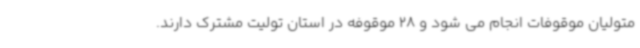
متولیان موقوفات انجام می شود و 28 موقوفه در استان تولیت مشترک دارند.